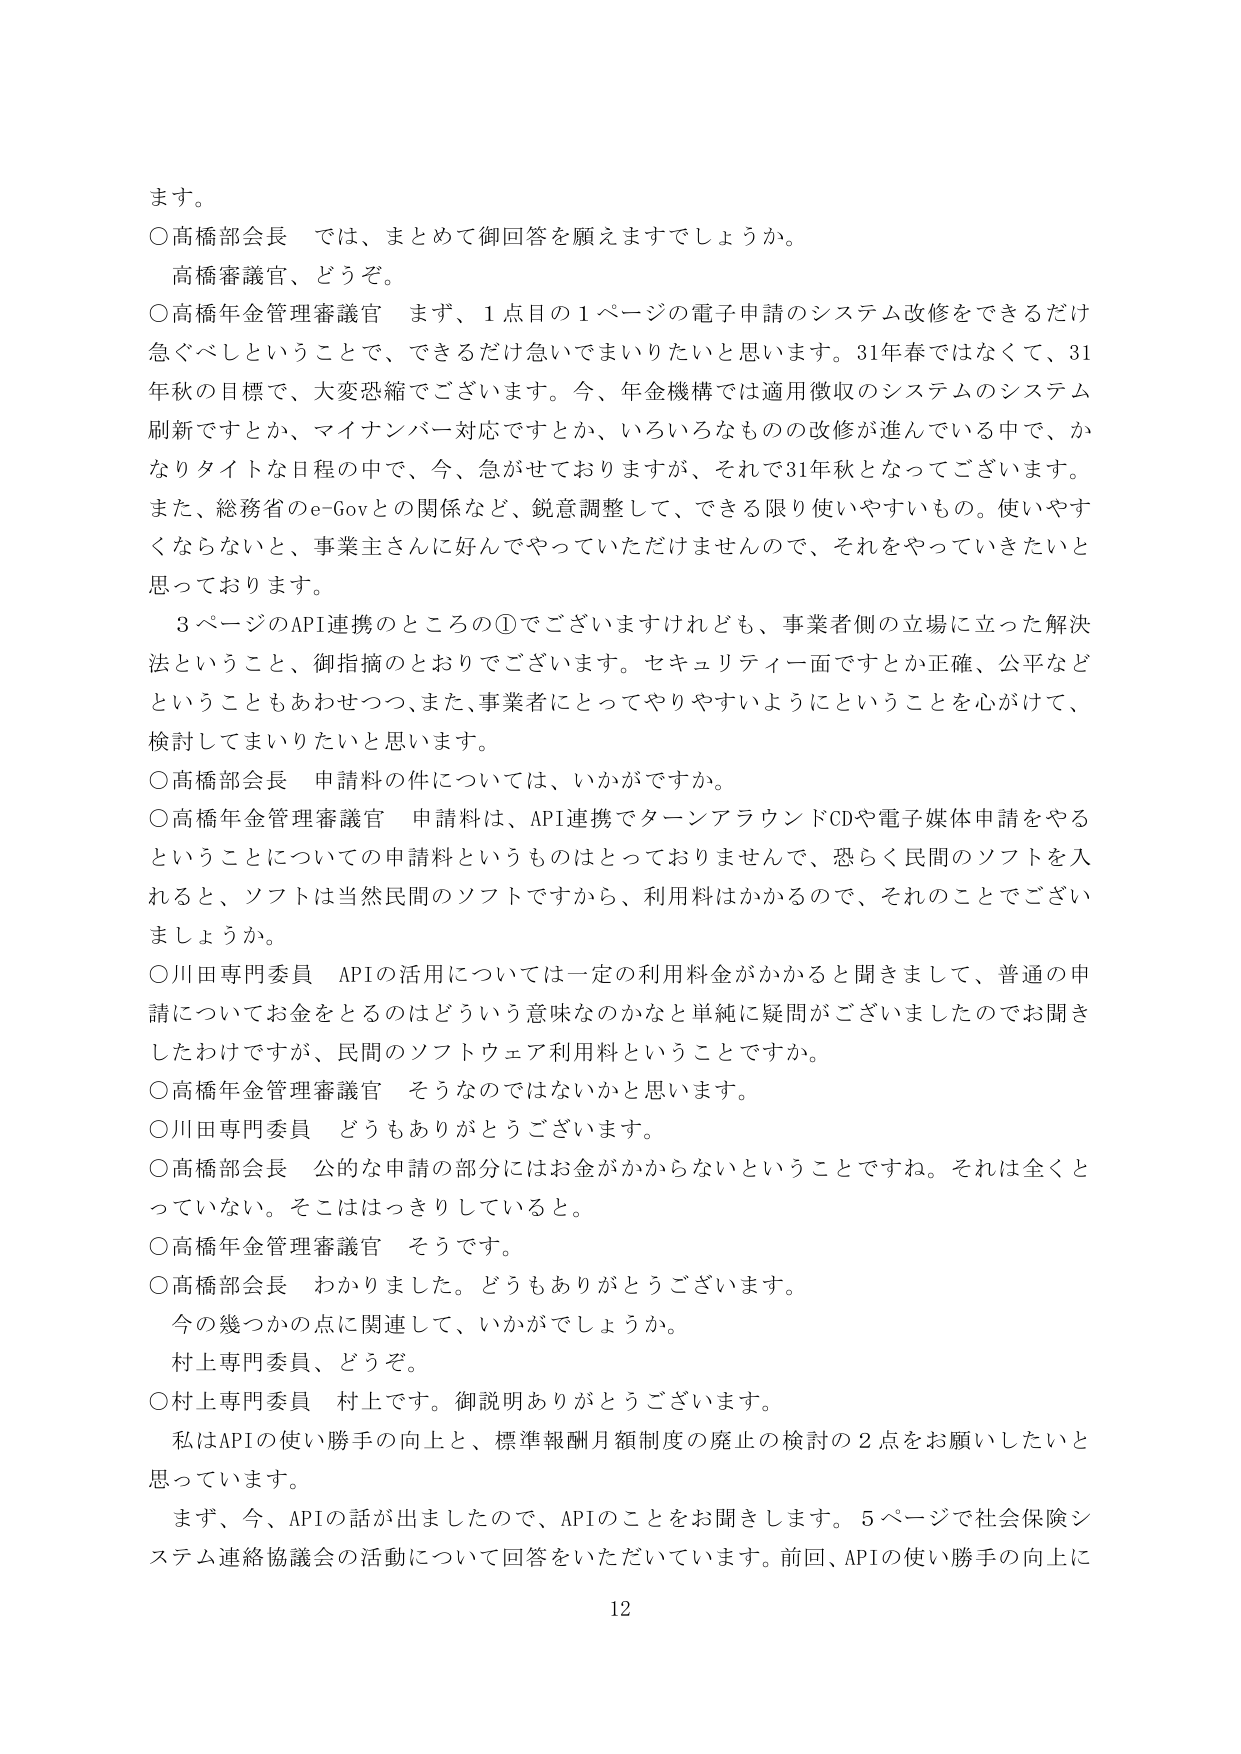
ます。

○高橋部会長　では、まとめて御回答を願えますでしょうか。

　高橋審議官、どうぞ。

○高橋年金管理審議官　まず、1点目の1ページの電子申請のシステム改修をできるだけ急ぐべしということで、できるだけ急いでまいりたいと思います。31年春ではなくて、31年秋の目標で、大変恐縮でございます。今、年金機構では適用徴収のシステムのシステム刷新ですとか、マイナンバー対応ですとか、いろいろなものの改修が進んでいる中で、かなりタイトな日程の中で、今、急がせておりますが、それで31年秋となってございます。また、総務省のe-Govとの関係など、鋭意調整して、できる限り使いやすいもの。使いやすくならないと、事業主さんに好んでやっていただけませんので、それをやっていきたいと思っております。

　3ページのAPI連携のところの①でございますけれども、事業者側の立場に立った解決法ということ、御指摘のとおりでございます。セキュリティ一面ですとか正確、公平などということもあわせつつ、また、事業者にとってやりやすいようにということを心がけて、検討してまいりたいと思います。

○高橋部会長　申請料の件については、いかがですか。

○高橋年金管理審議官　申請料は、API連携でターンアラウンドCDや電子媒体申請をやることについての申請料というものはとっておりませんで、恐らく民間のソフトを入れると、ソフトは当然民間のソフトですから、利用料はかかるので、それのことでございましょうか。

○川田専門委員　APIの活用については一定の利用料金がかかると聞きまして、普通の申請についてお金をとるのはどういう意味なのかなどと単純に疑問がございましたのでお聞きしたわけですが、民間のソフトウェア利用料ということですか。

○高橋年金管理審議官　そうなのではないかと思います。

○川田専門委員　どうもありがとうございます。

○高橋部会長　公的な申請の部分にはお金がかからないということですね。それは全くとっていない。そこははっきりしていると。

○高橋年金管理審議官　そうです。

○高橋部会長　わかりました。どうもありがとうございます。

　今の幾つかの点に関連して、いかがでしょうか。

　村上専門委員、どうぞ。

○村上専門委員　村上です。御説明ありがとうございます。

　私はAPIの使い勝手の向上と、標準報酬月額制度の廃止の検討の2点をお願いしたいと思っています。

　まず、今、APIの話が出ましたので、APIのことをお聞きします。5ページで社会保険システム連絡協議会の活動について回答をいただいています。前回、APIの使い勝手の向上に

12